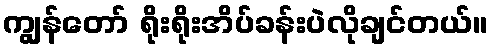
ကျွန်တော် ရိုးရိုးအိပ်ခန်းပဲလိုချင်တယ်။